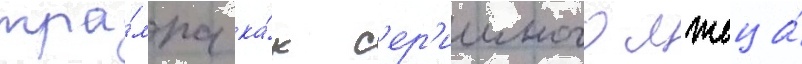
тра́мпа ка́к с'ер'ииного лжеца́